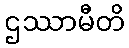
ဌဿာမီတိ